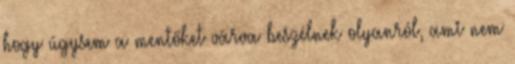
hogy úgysem a mentőket várva beszélnek olyanról, ami nem